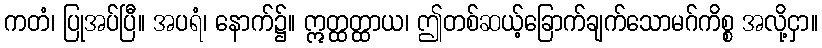
ကတံ၊ ပြုအပ်ပြီ။ အပရံ၊ နောက်၌။ ဣတ္ထတ္ထာယ၊ ဤတစ်ဆယ့်ခြောက်ချက်သောမဂ်ကိစ္စ အလို့ငှာ။